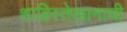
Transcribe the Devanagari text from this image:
शाहिस्तेखानाची